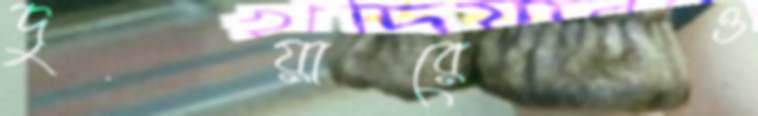
দুয়ারেও